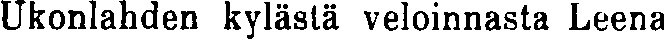
Ukonlahden kylästä veloinnasta Leena